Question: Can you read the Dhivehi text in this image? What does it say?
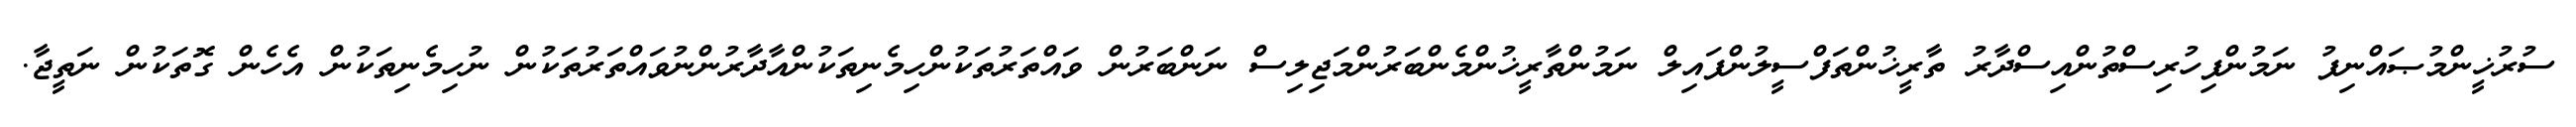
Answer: ސުރުޚީންމުޞައްނިފު ނަމުންފިހުރިސްތުންއިސްދާރު ތާރީޚުންތަފްސީލުންފައިލް ނަމުންތާރީޚުންމެންބަރުންމަޖިލިސް ނަންބަރުން ވައްތަރުތަކުންހިމެނިތަކުންއާދާރުންނުވައްތަރުތަކުން ނުހިމެނިތަކުން އެހެން ގޮތަކުން ނަތީޖާ.